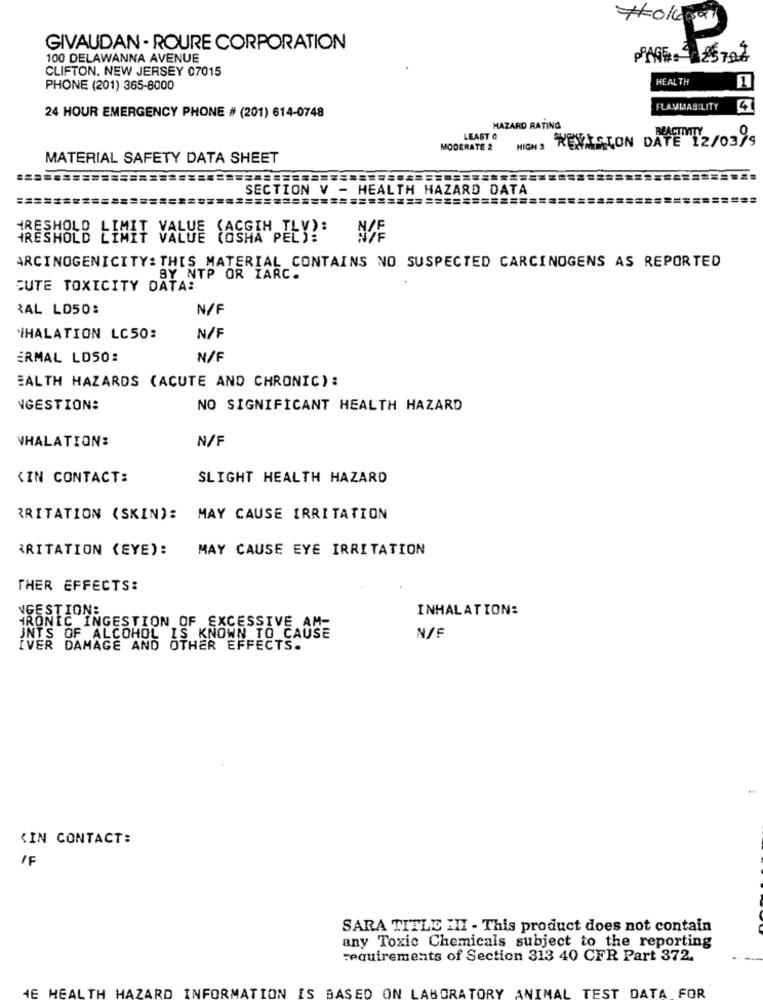
GIVAUDAN - ROURE CORPORATION
100 DELAWANNA AVENUE
CLIFTON. NEW JERSEY 07015
HEALTH
PHONE (201) 365-8000
FLAMMABILITY
4
24 HOUR EMERGENCY PHONE # (201) 614-0748
HAZARD RATING
LEAST C
REVISION DATE 12/0399
MODERATE 2
HIGH 3
MATERIAL SAFETY DATA SHEET
SECTION V - HEALTH HAZARD DATA
===========
=====
TRESHOLD LIMITY
TRESHOLD LIMIT VALUE (OSHA PELY?'
ARCINOGENICITY: THIS MATERIAL CONTAINS NO SUSPECTED CARCINOGENS AS REPORTED
BY NTP OR IARC.
CUTE TOXICITY DATA:
RAL LD50:
N/F
`HALATION LC50:
N/F
ERMAL LOSO:
N/F
EALTH HAZARDS (ACUTE AND CHRONIC):
NGESTION:
NO SIGNIFICANT HEALTH HAZARD
VHALATION:
N/F
‹IN CONTACT:
SLIGHT HEALTH HAZARD
RRITATION (SKIN): MAY CAUSE IRRITATION
RRITATION (EYE):
MAY CAUSE EYE IRRITATION
THER EFFECTS:
NGESTION:
INHALATION:
IRONIC INGESTION OF EXCESSIVE AM-
INTS OF ALCOHOL IS KNOWN TO CAUSE
N/F
IVER DAMAGE AND OTHER EFFECTS.
‹IN CONTACT:
IF
SARA TITLE III - This product does not contain
any Toxic Chemicals subject to the reporting
requirements of Section 313 40 CFR Part 372.
HEALTH HAZARD INFORMATION IS BASED ON LABORATORY
TEST
DATA FOR